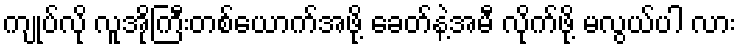
ကျုပ်လို လူအိုကြီးတစ်ယောက်အဖို့ ခေတ်နဲ့အမီ လိုက်ဖို့ မလွယ်ပါ လား